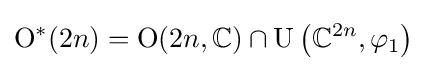
\mathrm {O} ^{*}(2n)=\mathrm {O} (2n,\mathbb {C} )\cap \mathrm {U} \left(\mathbb {C} ^{2n},\varphi _{1}\right)